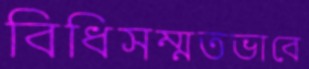
বিধিসম্মতভাবে